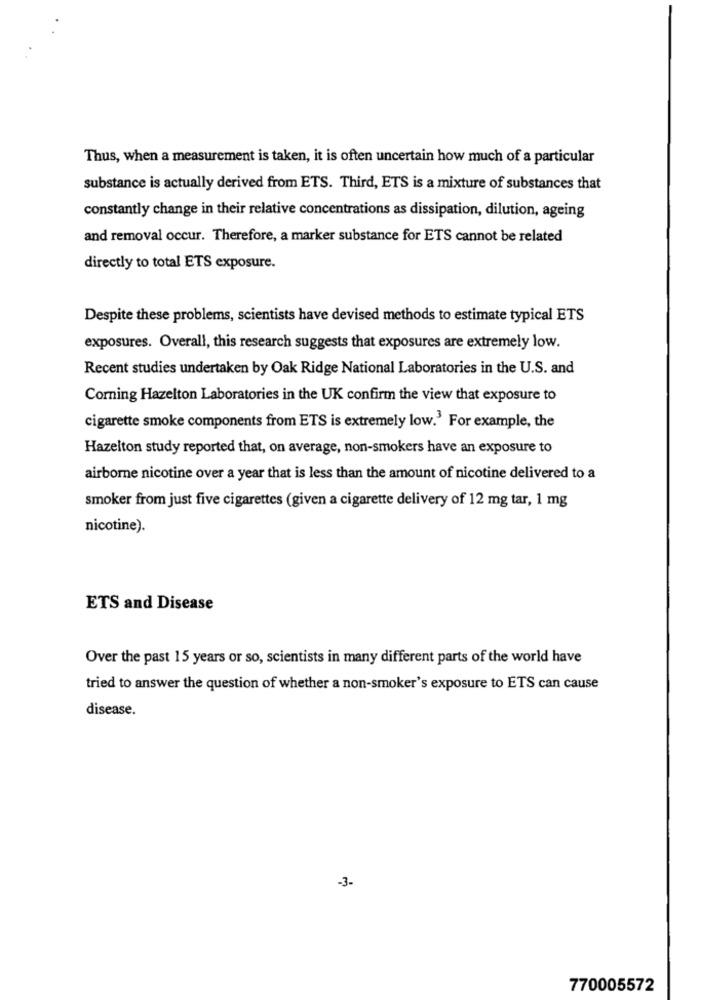
Thus, when a measurement is taken, it is often uncertain how much of a particular
substance is actually derived from ETS. Third, ETS is a mixture of substances that
constantly change in their relative concentrations as dissipation, dilution, ageing
and removal occur. Therefore, a marker substance for ETS cannot be related
directly to total ETS exposure.
Despite these problems, scientists have devised methods to estimate typical ETS
exposures. Overall, this research suggests that exposures are extremely low.
Recent studies undertaken by Oak Ridge National Laboratories in the U.S. and
Corning Hazelton Laboratories in the UK confirm the view that exposure to
cigarette smoke components from ETS is extremely low.' For example, the
Hazelton study reported that, on average, non-smokers have an exposure to
airborne nicotine over a year that is less than the amount of nicotine delivered to a
smoker from just five cigarettes (given a cigarette delivery of 12 mg tar, 1 mg
nicotine).
ETS and Disease
Over the past 15 years or so, scientists in many different parts of the world have
tried to answer the question of whether a non-smoker's exposure to ETS can cause
disease.
-3.
770005572